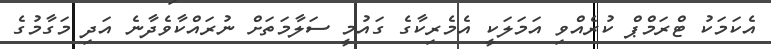
އެކަމަކު ޓްރަމްޕް ކުރެއްވި އަމަލަކީ އެމެރިކާގެ ގައުމީ ސަލާމަތަށް ނުރައްކާވެދާނެ އަދި މަގާމުގެ